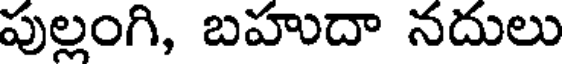
పుల్లంగి, బహుదా నదులు